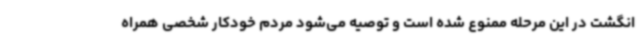
انگشت در این مرحله ممنوع شده است و توصیه می‌شود مردم خودکار شخصی همراه